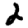
Digit: 2